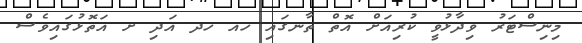
މިނިސްޓަރު ވިދާޅުވީ ކުރިއަށް އޮތް ތާނގައި ހއ ހދ އަދި ށ އަތޮޅުގައިވެސް